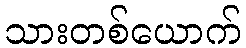
သားတစ်ယောက်